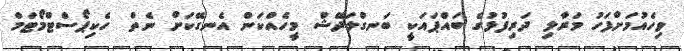
ވިހެއުމަށްފަހު މަރާލި ދަރިފުޅުގެ ބައްޕައަކީ ބަނގްލަދޭޝް މީހެއްކަން އެނގޭކަށް ނެތް  ހެކިޕޯސްޓްމޯޓަމް